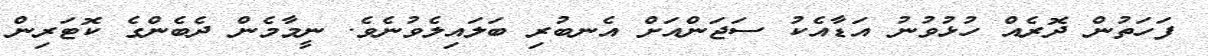
ފަހަތުން ދޮރެއް ހުޅުވުނު އަޑާއެކު ސަޖަންއަށް އެނބުރި ބަލައިލެވުނެވެ. ނީމާމެން ދެބެންގެ ކޮޓަރިން